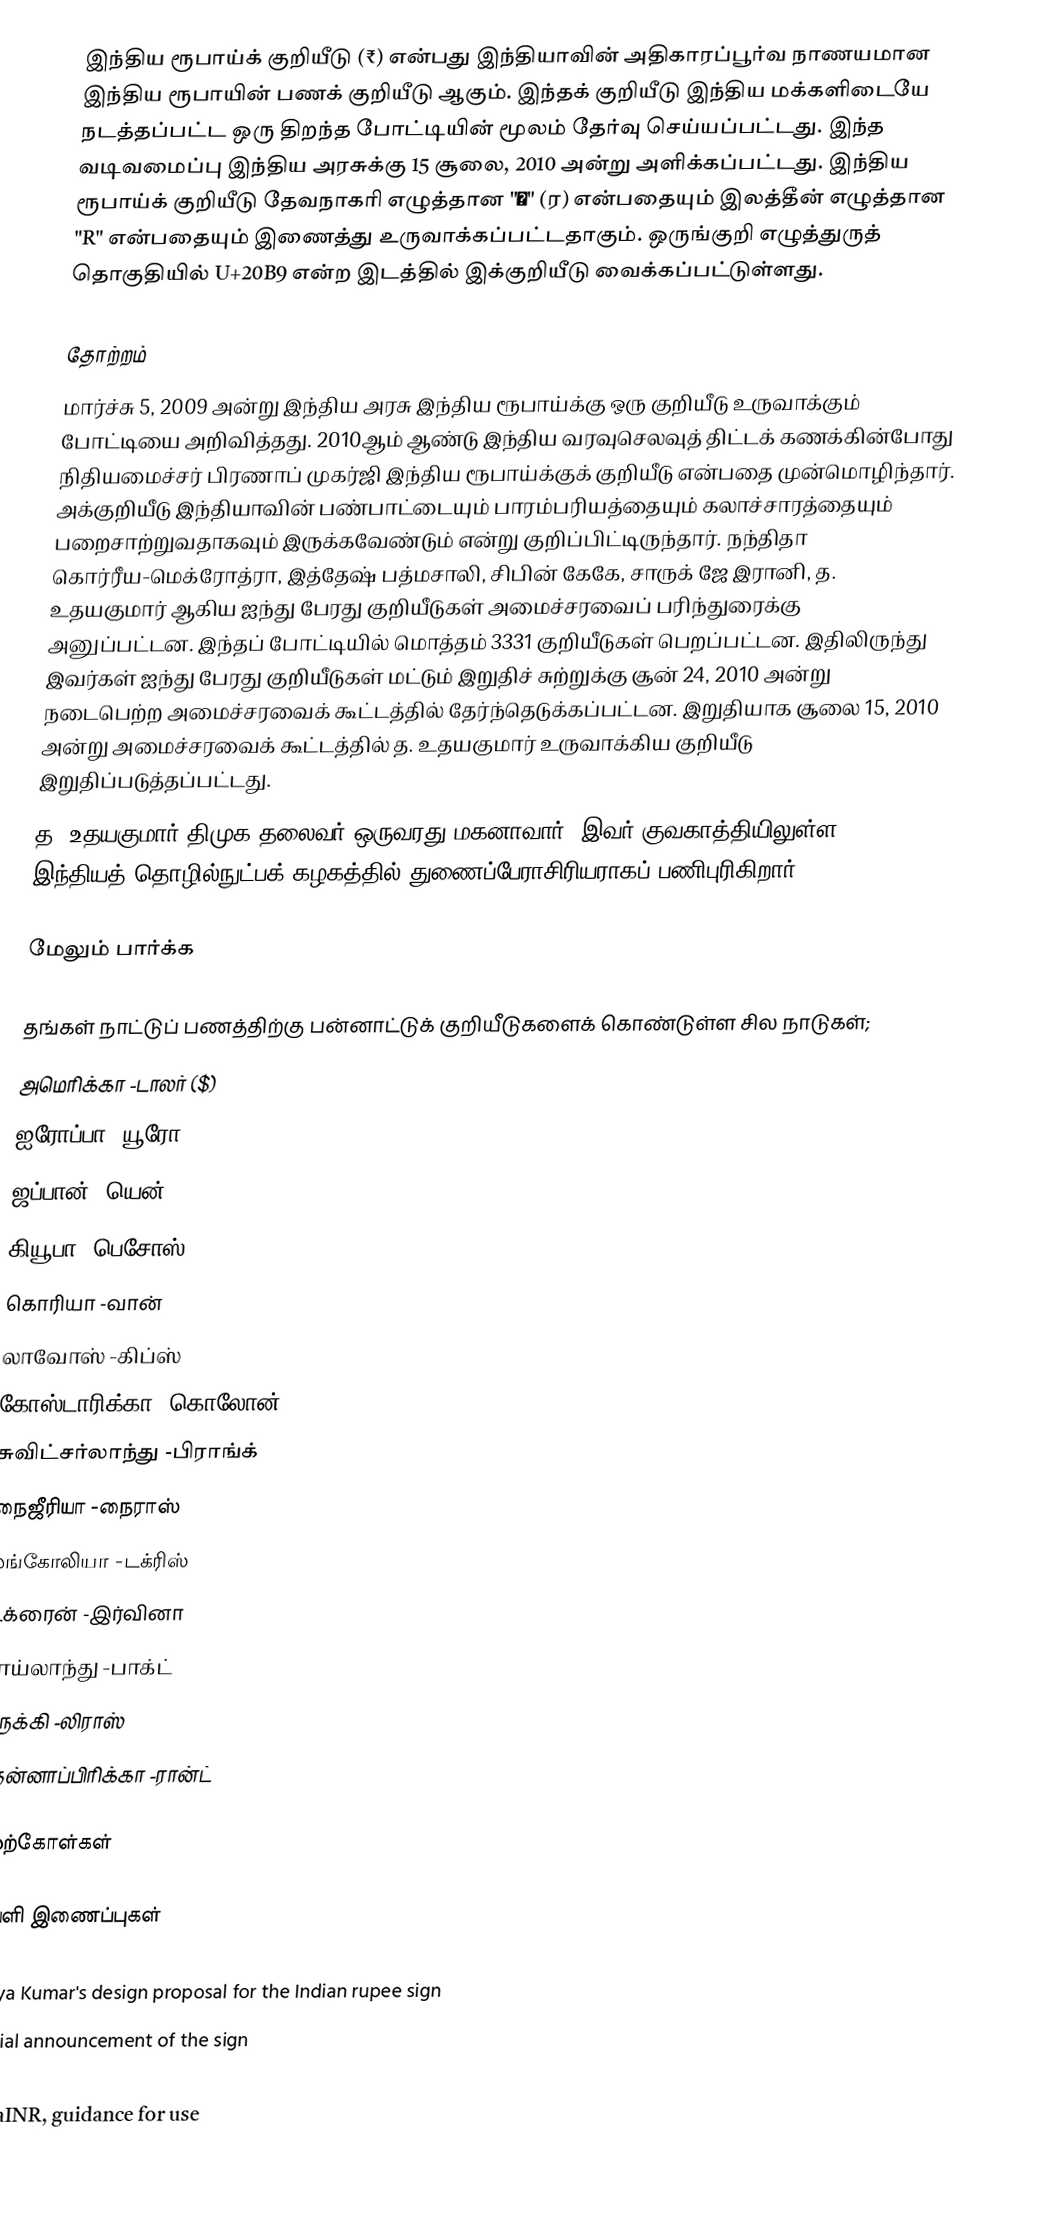
இந்திய ரூபாய்க் குறியீடு (₹) என்பது இந்தியாவின் அதிகாரப்பூர்வ நாணயமான இந்திய ரூபாயின் பணக் குறியீடு ஆகும். இந்தக் குறியீடு இந்திய மக்களிடையே நடத்தப்பட்ட ஒரு திறந்த போட்டியின் மூலம் தேர்வு செய்யப்பட்டது. இந்த வடிவமைப்பு இந்திய அரசுக்கு 15 சூலை, 2010 அன்று அளிக்கப்பட்டது. இந்திய ரூபாய்க் குறியீடு தேவநாகரி எழுத்தான "र" (ர) என்பதையும் இலத்தீன் எழுத்தான "R" என்பதையும் இணைத்து உருவாக்கப்பட்டதாகும். ஒருங்குறி எழுத்துருத் தொகுதியில் U+20B9 என்ற இடத்தில் இக்குறியீடு வைக்கப்பட்டுள்ளது.

தோற்றம்
மார்ச்சு 5, 2009 அன்று இந்திய அரசு இந்திய ரூபாய்க்கு ஒரு குறியீடு உருவாக்கும் போட்டியை அறிவித்தது. 2010ஆம் ஆண்டு இந்திய வரவுசெலவுத் திட்டக் கணக்கின்போது நிதியமைச்சர் பிரணாப் முகர்ஜி இந்திய ரூபாய்க்குக் குறியீடு என்பதை முன்மொழிந்தார். அக்குறியீடு இந்தியாவின் பண்பாட்டையும் பாரம்பரியத்தையும் கலாச்சாரத்தையும் பறைசாற்றுவதாகவும் இருக்கவேண்டும் என்று குறிப்பிட்டிருந்தார். நந்திதா கொர்ரீய-மெக்ரோத்ரா, இத்தேஷ் பத்மசாலி, சிபின் கேகே, சாருக் ஜே இரானி, த. உதயகுமார் ஆகிய ஐந்து பேரது குறியீடுகள் அமைச்சரவைப் பரிந்துரைக்கு அனுப்பட்டன. இந்தப் போட்டியில் மொத்தம் 3331 குறியீடுகள் பெறப்பட்டன. இதிலிருந்து இவர்கள் ஐந்து பேரது குறியீடுகள் மட்டும் இறுதிச் சுற்றுக்கு சூன் 24, 2010 அன்று நடைபெற்ற அமைச்சரவைக் கூட்டத்தில் தேர்ந்தெடுக்கப்பட்டன. இறுதியாக சூலை 15, 2010 அன்று அமைச்சரவைக் கூட்டத்தில் த. உதயகுமார் உருவாக்கிய குறியீடு இறுதிப்படுத்தப்பட்டது.
த. உதயகுமார் திமுக தலைவர் ஒருவரது மகனாவார். இவர் குவகாத்தியிலுள்ள இந்தியத் தொழில்நுட்பக் கழகத்தில் துணைப்பேராசிரியராகப் பணிபுரிகிறார்.

மேலும் பார்க்க

தங்கள் நாட்டுப் பணத்திற்கு பன்னாட்டுக் குறியீடுகளைக் கொண்டுள்ள சில நாடுகள்;
அமெரிக்கா -டாலர் ($)
ஐரோப்பா -யூரோ (€)
ஜப்பான் -யென் (¥)
கியூபா -பெசோஸ்
கொரியா -வான்
லாவோஸ் -கிப்ஸ்
கோஸ்டாரிக்கா -கொலோன்
சுவிட்சர்லாந்து -பிராங்க்
நைஜீரியா -நைராஸ்
மங்கோலியா -டக்ரிஸ்
உக்ரைன் -இர்வினா
தாய்லாந்து -பாக்ட்
துருக்கி -லிராஸ்
தென்னாப்பிரிக்கா -ரான்ட்

மேற்கோள்கள்

வெளி இணைப்புகள்

 Udaya Kumar's design proposal for the Indian rupee sign
 Official announcement of the sign
 WebRupee ₹ Drupal Project
 rupyaINR, guidance for use